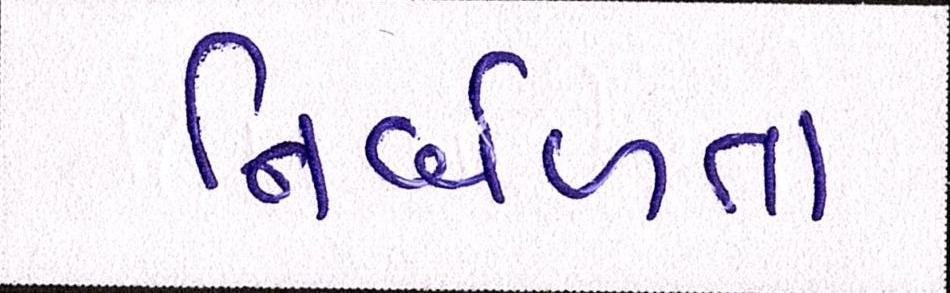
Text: નિર્બળતા